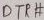
Text: DTRP